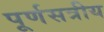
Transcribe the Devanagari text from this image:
पूर्णसत्रीय